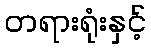
တရားရုံးနှင့်